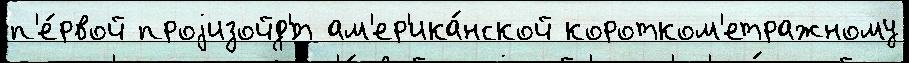
п'е́рвой проjизойд'́т ам'ер'ика́нской коротком'етражному